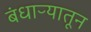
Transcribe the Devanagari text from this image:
बंधाऱ्यातून